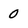
Character: 0